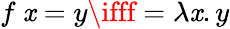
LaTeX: f\ \mathit{x}=y\ifff=\lambda\mathit{x}.y